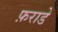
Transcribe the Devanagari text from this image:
फ़राडे